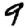
Digit: 9